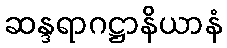
ဆန္ဒရာဂဋ္ဌာနိယာနံ